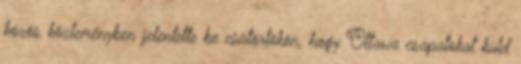
közös közleményben jelentette be csütörtökön, hogy Ottawa csapatokat küld